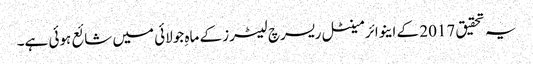
یہ تحقیق 2017 کے اینوائرمینٹل ریسرچ لیٹرز کے ماہِ جولائی میں شائع ہوئی ہے۔